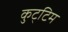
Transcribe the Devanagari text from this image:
कुट्‌टिम